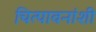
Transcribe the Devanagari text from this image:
चित्पावनांशी